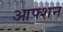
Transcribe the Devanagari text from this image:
आफ्शन